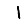
Digit: 1